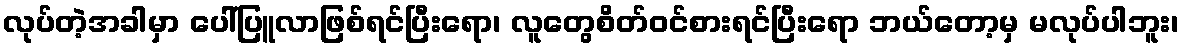
လုပ်တဲ့အခါမှာ ပေါ်ပြူလာဖြစ်ရင်ပြီးရော၊ လူတွေစိတ်ဝင်စားရင်ပြီးရော ဘယ်တော့မှ မလုပ်ပါဘူး၊